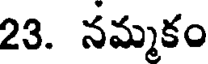
23. నమ్మకం